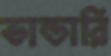
ভান্ডারি